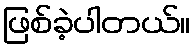
ဖြစ်ခဲ့ပါတယ်။